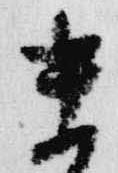
末